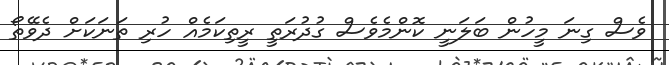
ވެސް ގިނަ މީހުން ބަލަނީ ކޮންމެވެސް ގުދުރަތީ ރީތިކަމެއް ހުރި ތަނަކަށް ދެވޭތޯ